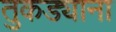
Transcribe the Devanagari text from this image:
तुकड्याना